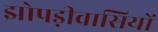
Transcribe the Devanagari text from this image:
झोपड़ीवासियों